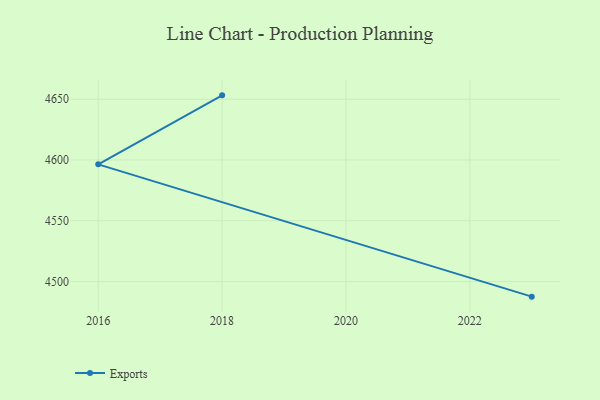
{"axis": {"x": "Year", "y": "Backlog"}, "legend": ["Exports"], "data": [{"x": "2023", "y": 4487.5, "type": "Exports"}, {"x": "2016", "y": 4596.4, "type": "Exports"}, {"x": "2018", "y": 4653.2, "type": "Exports"}]}